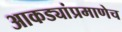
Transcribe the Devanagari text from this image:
आकड्यांप्रमाणेच